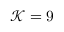
\mathcal { K } = 9